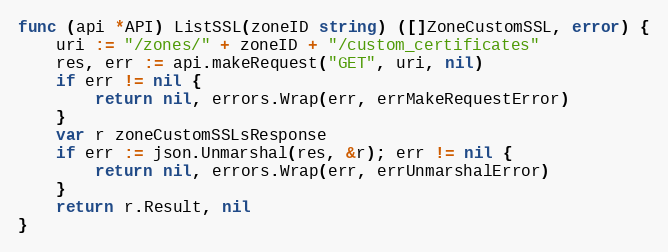
Language: Go
func (api *API) ListSSL(zoneID string) ([]ZoneCustomSSL, error) {
	uri := "/zones/" + zoneID + "/custom_certificates"
	res, err := api.makeRequest("GET", uri, nil)
	if err != nil {
		return nil, errors.Wrap(err, errMakeRequestError)
	}
	var r zoneCustomSSLsResponse
	if err := json.Unmarshal(res, &r); err != nil {
		return nil, errors.Wrap(err, errUnmarshalError)
	}
	return r.Result, nil
}